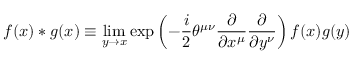
f ( x ) * g ( x ) \equiv \operatorname * { l i m } _ { y \rightarrow x } \exp \left( - \frac { i } { 2 } \theta ^ { \mu \nu } \frac { \partial } { \partial x ^ { \mu } } \frac { \partial } { \partial y ^ { \nu } } \right) f ( x ) g ( y )